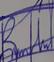
Signature authenticity: genuine